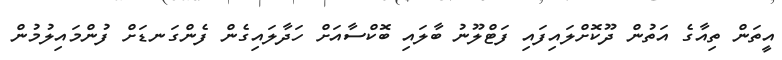
އީތަން ތިއާގެ އަތުން ދޫކޮށްލައިފައި ފަޓްލޫނު ބާލައި ބޮކްސާއަށް ހަދާލައިގެން ފެންގަނޑަށް ފުންމައިލުމުން